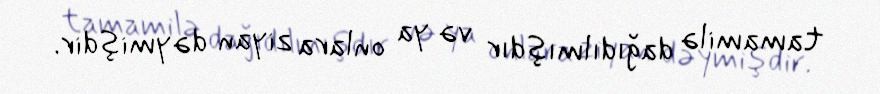
tamamilə dağıdılmışdır və ya onlara ziyan dəymişdir.